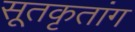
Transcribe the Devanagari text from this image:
सूतकृतांग